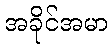
အခိုင်အမာ